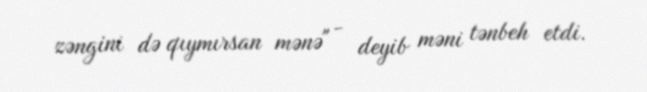
zəngini də qıymırsan mənə" - deyib məni tənbeh etdi.